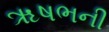
ૠષભની